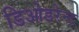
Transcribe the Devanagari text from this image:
डिओडरेन्ट